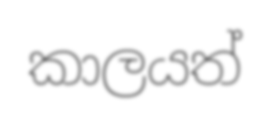
කාලයත්